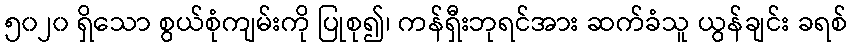
၅၀၂၀ ရှိသော စွယ်စုံကျမ်းကို ပြုစု၍၊ ကန်ရှီးဘုရင်အား ဆက်ခံသူ ယွန်ချင်း ခရစ်